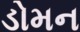
ડોમન